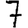
Digit: 7